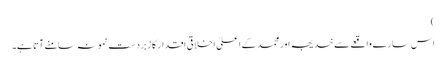
)
اس سارے واقعے سے خدیجہ اور محمد کے اعلیٰ اخلاقی اقدار کا زبردست نمونہ سامنے آتا ہے۔